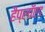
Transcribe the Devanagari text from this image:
हैप्लॉएड